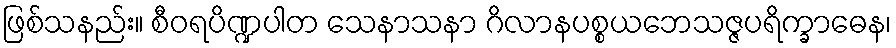
ဖြစ်သနည်း။ စီဝရပိဏ္ဍပါတ သေနာသနာ ဂိလာနပစ္စယဘေသဇ္ဇပရိက္ခာဓေန၊